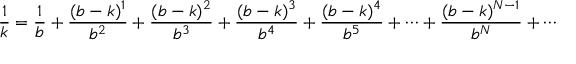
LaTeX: { \frac { 1 } { k } } = { \frac { 1 } { b } } + { \frac { ( b - k ) ^ { 1 } } { b ^ { 2 } } } + { \frac { ( b - k ) ^ { 2 } } { b ^ { 3 } } } + { \frac { ( b - k ) ^ { 3 } } { b ^ { 4 } } } + { \frac { ( b - k ) ^ { 4 } } { b ^ { 5 } } } + \cdots + { \frac { ( b - k ) ^ { N - 1 } } { b ^ { N } } } + \cdots